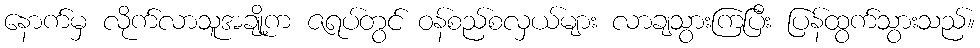
နောက်မှ လိုက်လာသူအချို့က ဇရပ်တွင် ဝန်စည်စလှယ်များ လာချသွားကြပြီး ပြန်ထွက်သွားသည်။